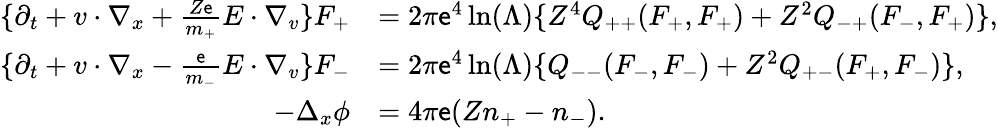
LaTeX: \begin{array}{rl}{\{ \partial_{t}+v\cdot\nabla_{x}+\frac{Z\mathsf e}{m_{+}}E\cdot\nabla_{v}\} F_{+}}&{=2\pi\mathsf e^{4}\ln(\Lambda)\{ Z^{4}Q_{++}(F_{+},F_{+})+Z^{2}Q_{-+}(F_{-},F_{+})\} ,}\\ {\{ \partial_{t}+v\cdot\nabla_{x}-\frac{\mathsf e}{m_{-}}E\cdot\nabla_{v}\} F_{-}}&{=2\pi\mathsf e^{4}\ln(\Lambda)\{ Q_{--}(F_{-},F_{-})+Z^{2}Q_{+-}(F_{+},F_{-})\} ,}\\ {-\Delta_{x}\phi}&{=4\pi\mathsf e(Zn_{+}-n_{-}).}\end{array}